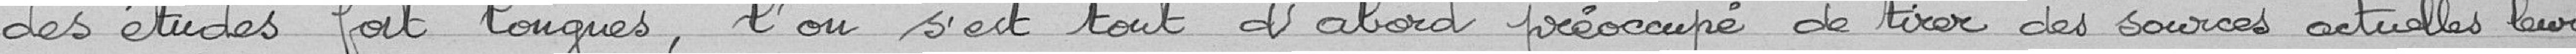
des études fort longues, l'on s'est tout d'abord préoccupé de tirer des sources actuelles leur